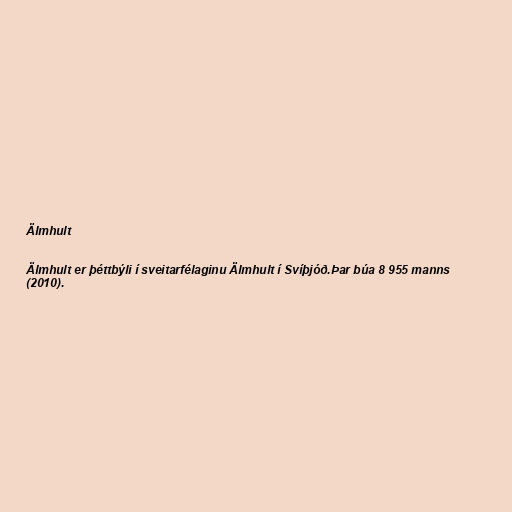
Älmhult

Älmhult er þéttbýli í sveitarfélaginu Älmhult í Svíþjóð.Þar búa 8 955 manns
(2010).